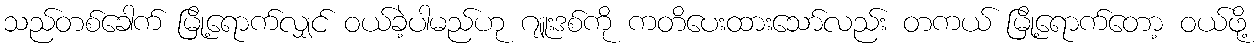
သည်တစ်ခေါက် မြို့ရောက်လျှင် ဝယ်ခဲ့ပါမည်ဟု ဂျူးဒစ်ကို ကတိပေးထားသော်လည်း တကယ် မြို့ရောက်တော့ ဝယ်ဖို့